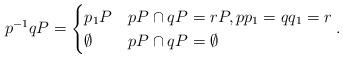
LaTeX: \begin{align*}p^{-1}qP = \begin{cases} p_1P &pP\cap qP = rP, pp_1 = qq_1 = r\\\emptyset& pP\cap qP = \emptyset\end{cases}.\end{align*}